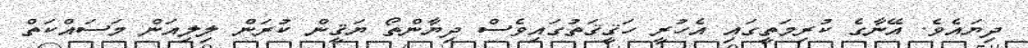
ދިޔައެވެ. އޭނާގެ ކުރިމަތީގައި އެހުރީ ހަޤީޤަތުގައިވެސް ދިޔާންތޯ ޔަޤީން ކުރަން ލިލިއަން މަސައްކަތް